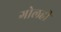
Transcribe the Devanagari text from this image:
गोलही